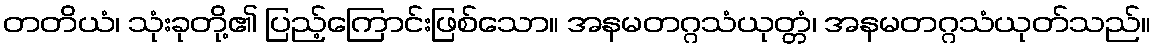
တတိယံ၊ သုံးခုတို့၏ ပြည့်ကြောင်းဖြစ်သော။ အနမတဂ္ဂသံယုတ္တံ၊ အနမတဂ္ဂသံယုတ်သည်။